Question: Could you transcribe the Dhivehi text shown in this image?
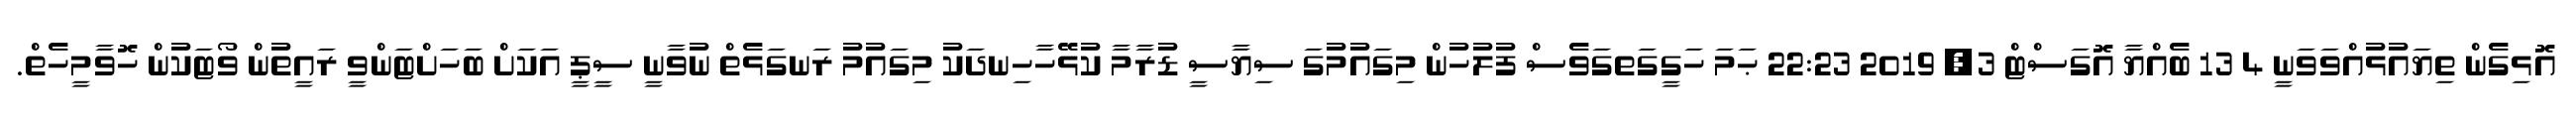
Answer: އޮޅިގެން ތިޔައުޅުއްވަވަނީ 4 13 ބެއްޔާ އޮގަސްޓް 3, 2019 22:23 ޙަމަ ހަގީގަތގަވެސް ފުލުހުން މިގައުމުގަ ސިޔާސީ ޑުރާމާ ކުޅޭހާހިނދަކު މިގައުމު ރަނގަޅެތް ނުވާނީ ސީޕީ އަކަށް ބަހަށްޓަންވީ ރައީތުން ވޯޓަކުން ހޮވާމީހެތް.